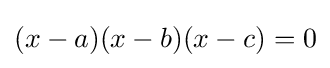
(x-a)(x-b)(x-c)=0